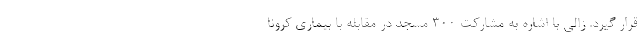
قرار گیرد. زالی با اشاره به مشارکت ۳۰۰ مسجد در مقابله با بیماری کرونا